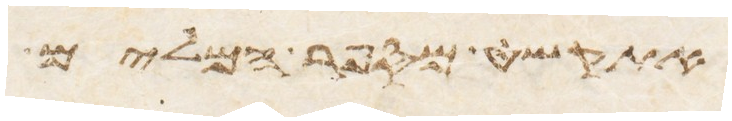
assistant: אדות באר המים